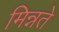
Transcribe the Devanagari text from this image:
मिन्नते